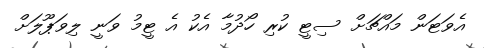
އެވަޓަން މައްޗަށް ސިޓީ ކުރި ހޯދުމާ އެކު އެ ޓީމު ވަނީ ލިވަޕޫލަށް